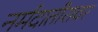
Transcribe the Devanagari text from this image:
नर्मदातीरावर